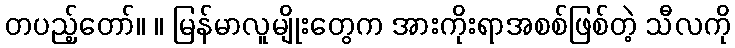
တပည့်တော်။ ။ မြန်မာလူမျိုးတွေက အားကိုးရာအစစ်ဖြစ်တဲ့ သီလကို